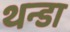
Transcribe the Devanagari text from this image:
थन्डा